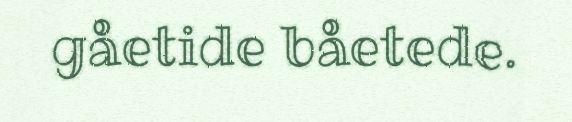
gåetide båetede.